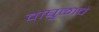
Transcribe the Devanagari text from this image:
वाघुळाचे